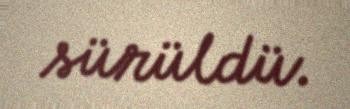
sürüldü.